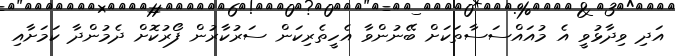
އަދި ވިދާޅުވީ އެ މުއައްސަސާތަކަށް ބޭނުންވާ އެހީތެރިކަން ސަރުކާރުން ފޯރުކޮށް ދެމުންދާ ކަމަށާއި